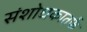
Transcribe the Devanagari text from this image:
संशोधकातर्फे